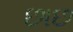
છાછ